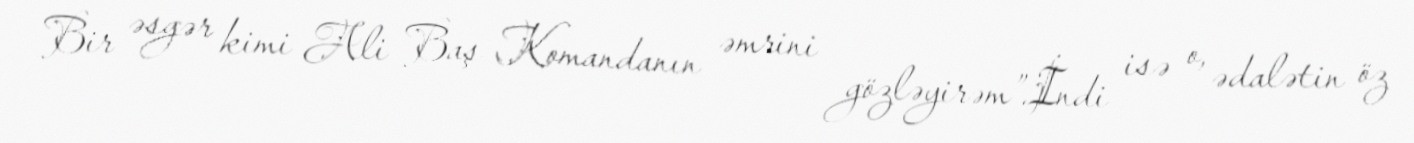
Bir əsgər kimi Ali Baş Komandanın əmrini gözləyirəm”.İndi isə o, ədalətin öz